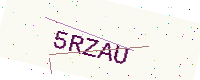
Text: 5RZAU